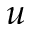
u